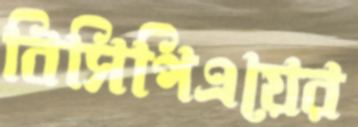
বিসিপিএয়ের